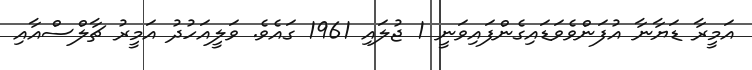
އަމީރާ ޑަޔާނާ އުފަންވެވަޑައިގެންފައިވަނީ 1 ޖުލައި 1961 ގައެވެ. ވަލީއަހުދު އަމީރު ޗާލްސްއާއި